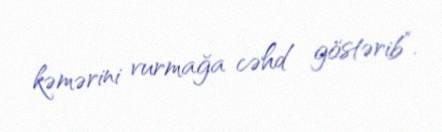
kəmərini vurmağa cəhd göstərib”.